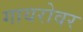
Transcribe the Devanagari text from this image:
गायरोवर